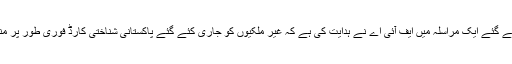
نادرا کو جاری کئے گئے ایک مراسلہ میں ایف آئی اے نے ہدایت کی ہے کہ غیر ملکیوں کو جاری کئے گئے پاکستانی شناختی کارڈ فوری طور پر منسوخ کئے جائیں ۔